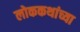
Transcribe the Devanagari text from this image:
लोककथांच्या